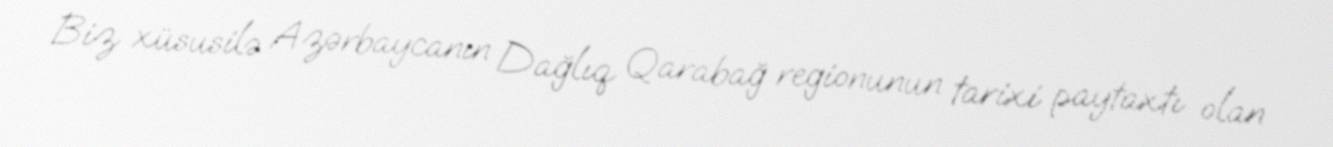
Biz xüsusilə Azərbaycanın Dağlıq Qarabağ regionunun tarixi paytaxtı olan